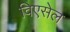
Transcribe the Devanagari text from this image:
विएसेल